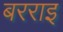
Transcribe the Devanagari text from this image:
बरराइ